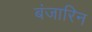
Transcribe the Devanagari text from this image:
बंजारिन